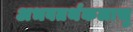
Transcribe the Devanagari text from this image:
अभवतर्थकलासु